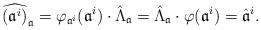
LaTeX: \begin{align*}\widehat{(\mathfrak{a}^i)}_{\mathfrak{a}}=\varphi_{\mathfrak{a}^i}(\mathfrak{a}^i)\cdot \hat \Lambda_{\mathfrak{a}}=\hat \Lambda_{\mathfrak{a}} \cdot \varphi(\mathfrak{a}^i)= \hat{\mathfrak{a}}^i.\end{align*}